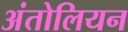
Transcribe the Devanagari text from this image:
अंतोलियन